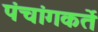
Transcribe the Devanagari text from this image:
पंचांगकर्ते